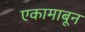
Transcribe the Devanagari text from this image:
एकामाबून